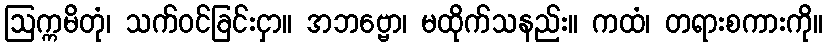
ဩက္ကမိတုံ၊ သက်ဝင်ခြင်းငှာ။ အဘဗ္ဗော၊ မထိုက်သနည်း။ ကထံ၊ တရားစကားကို။